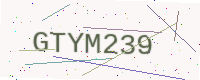
Text: GTYM239